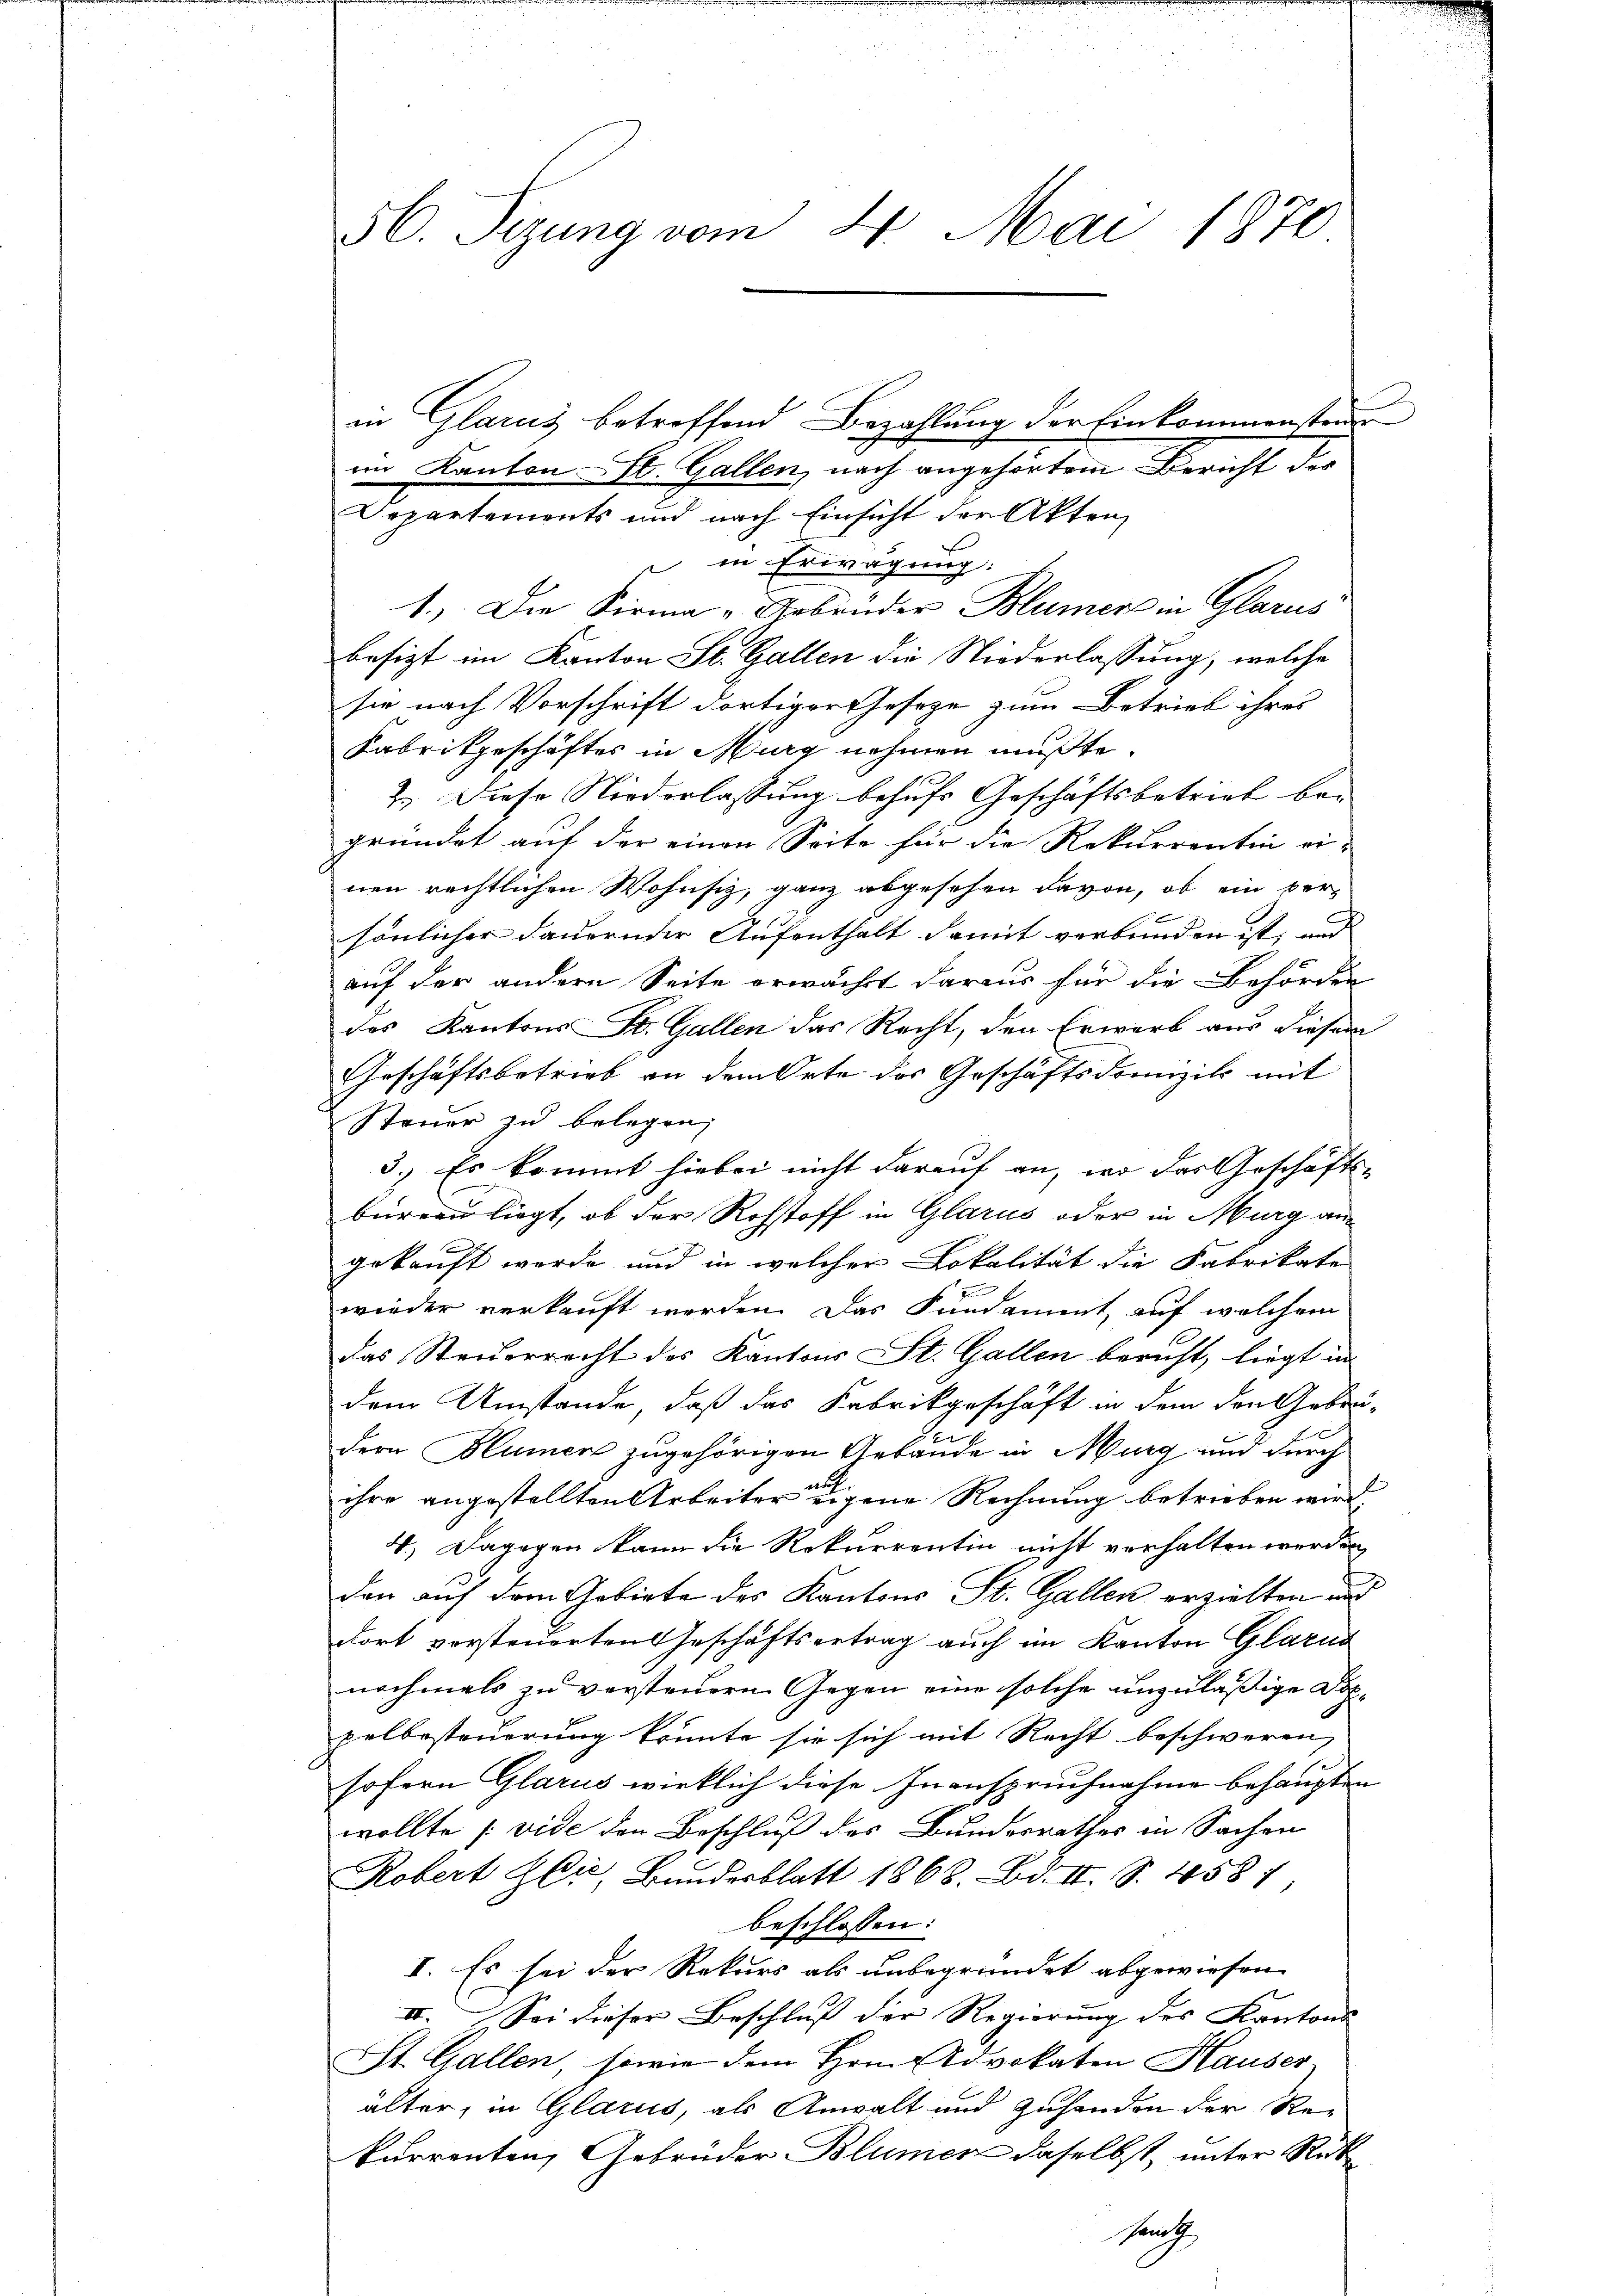
56. Seizung vom 4. Mai 1870

Departements und nach Einsicht der Akten,

in Glarus betreffend Bezahlung der Einkommensteuer
im Kanton St. Gallen, nach angehörtem Bericht der
 in Erwägung:
1.) Die Firma „Gebrüder Blümer in Glarus
besizt im Kanton St. Gallen die Niederlassung, welche
sie nach Vorschrift dortiger Gesetze zum Betrieb ihres
Kabrikgeschäftes in Murg nehmen mußte.
2.) Diese Niederlassung behufs Geschäftsbetrieb bei
gründet auf der einen Seite für die Rekurrentin einen rechtlichen Wohnsiz, ganz abgesehen davon, ob ein ver-
g
sönlicher dauernder Aufenthalt damit verbunden ist, und
auf der andern Seite erwächst daraus für die Behörden
des Kantons St. Gallen das Recht, den Erwarb aus diesem
Geschäftsbetrieb an dem Orte des Geschäftsdrunzik mit
Steuer zu belegen,
3.) Es kommt hiebei nicht darauf an, wo das Geschäfts-
birern liegt, ob der Rohstoff in Glarus oder in Murg am
gekauft werde und in welcher Lokalität die Fabrikate
wieder verkauft werden. Das Fundament, auf welchem
das Steuerrecht des Kantons St. Gallen beruht, liegt in
dem Umstände, daß das Fabrikgeschäft in dem den Gebrü-
dern Blumen zugehörigen Gebäude in Murg und durch
ihre angestellten Arbeiter eigene Rechnung betrieben wird
4.) Dagegen kann die Rekurrentin nicht verhalten werden,
den auf dem Gebiete des Kantons St. Gallen erzielten und
dort versteuerten Geschäftsertrag auch im Kanton Glarus
nochmals zu versteuern Gegen eine solche unzuläßige Doppelbesteuerung könnte sie sich mit Recht beschweren,
sofern Glarus wirklich diese Inanspruchnahme behaupten
wollte (vide den Beschluß des Bundesrathes in Sachen
Robert Gli, Bundesblatt 1868. Bd. II. S. 4581,
beschlossen:
I. Es sei der Rekurs als unbegründet abgewiesen.
II. Sei dieser Beschluß der Regierung des Kantons
St. Gallen, sowie dem Hrn. Advokaten Hauser
älter, in Glarus, als Anwalt und Zuhanden der Rekurrenten, Gebrüder Blümer daselbst, unter Rücksrath